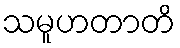
သမူဟတာတိ